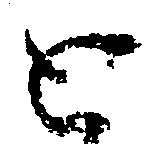
と